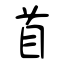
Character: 首